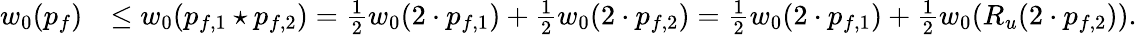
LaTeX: \begin{array}{rl}{w_{0}(p_{f})}&{\leq w_{0}(p_{f,1}\star p_{f,2})=\frac{1}{2}w_{0}(2\cdot p_{f,1})+\frac{1}{2}w_{0}(2\cdot p_{f,2})=\frac{1}{2}w_{0}(2\cdot p_{f,1})+\frac{1}{2}w_{0}(R_{u}(2\cdot p_{f,2})).}\end{array}